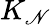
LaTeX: K_{\mathscr{N}}